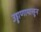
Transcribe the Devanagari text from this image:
उड्डाणापासून